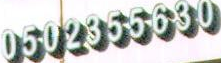
0502000000